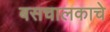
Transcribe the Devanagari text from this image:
बसचालकाचे